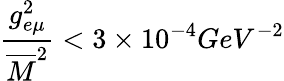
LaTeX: \frac{g_{e\mu}^{2}}{\overline{{M}}^{2}}<3\times 10^{-4}GeV^{-2}